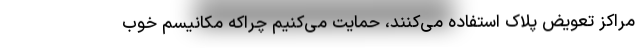
مراکز تعویض پلاک استفاده می‌کنند، حمایت می‌کنیم چراکه مکانیسم خوب